Sketch of the medical history of the native army of Bombay, for the year
Year: 1872
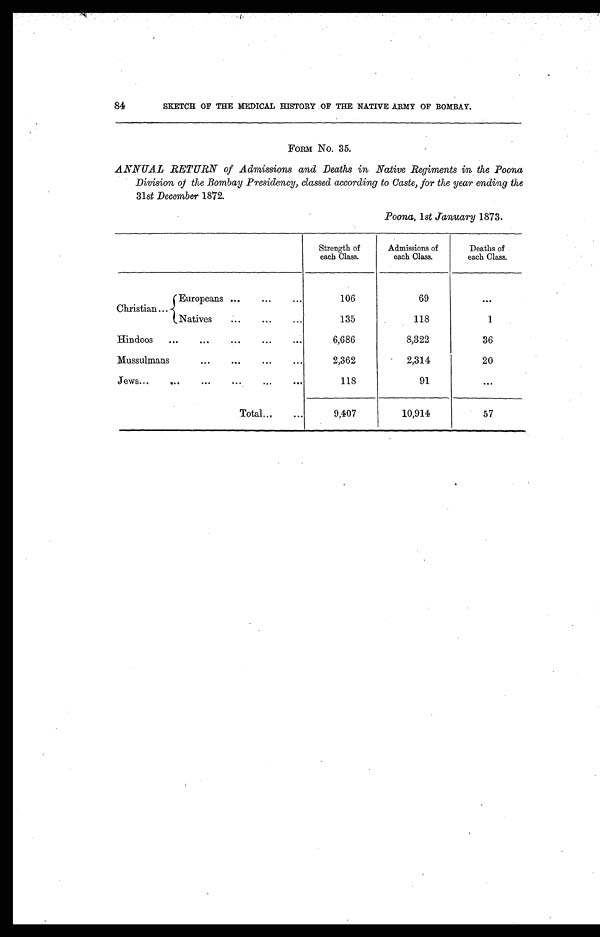
84
SKETCH OF THE MEDICAL HISTORY OF THE NATIVE ARMY OF BOMBAY.
FORM No. 35.
ANNUAL RETURN of Admissions and Deaths in Native Regiments in the Poona
Division of the Bombay Presidency, classed according to Caste, for the year ending the
31st December 1872.
Poona, 1 st January 1873.
Strength of
each Class.
Admissions of
each Class.
Deaths of
each Class.
Christian
Europeans
106
69
...
Natives
135
118
1
Hindoos
6,686
8,322
36
Mussulmans
2,362
2,314
20
Jews
118
91
. . .
Total
9,407
10,914
57